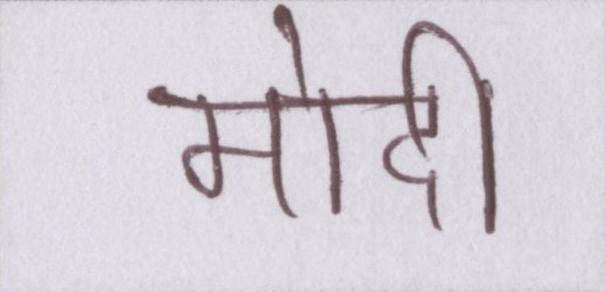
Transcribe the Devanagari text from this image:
मोदी